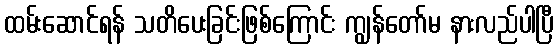
ထမ်းဆောင်ရန် သတိပေးခြင်းဖြစ်ကြောင်း ကျွန်တော်မ နားလည်ပါပြီ